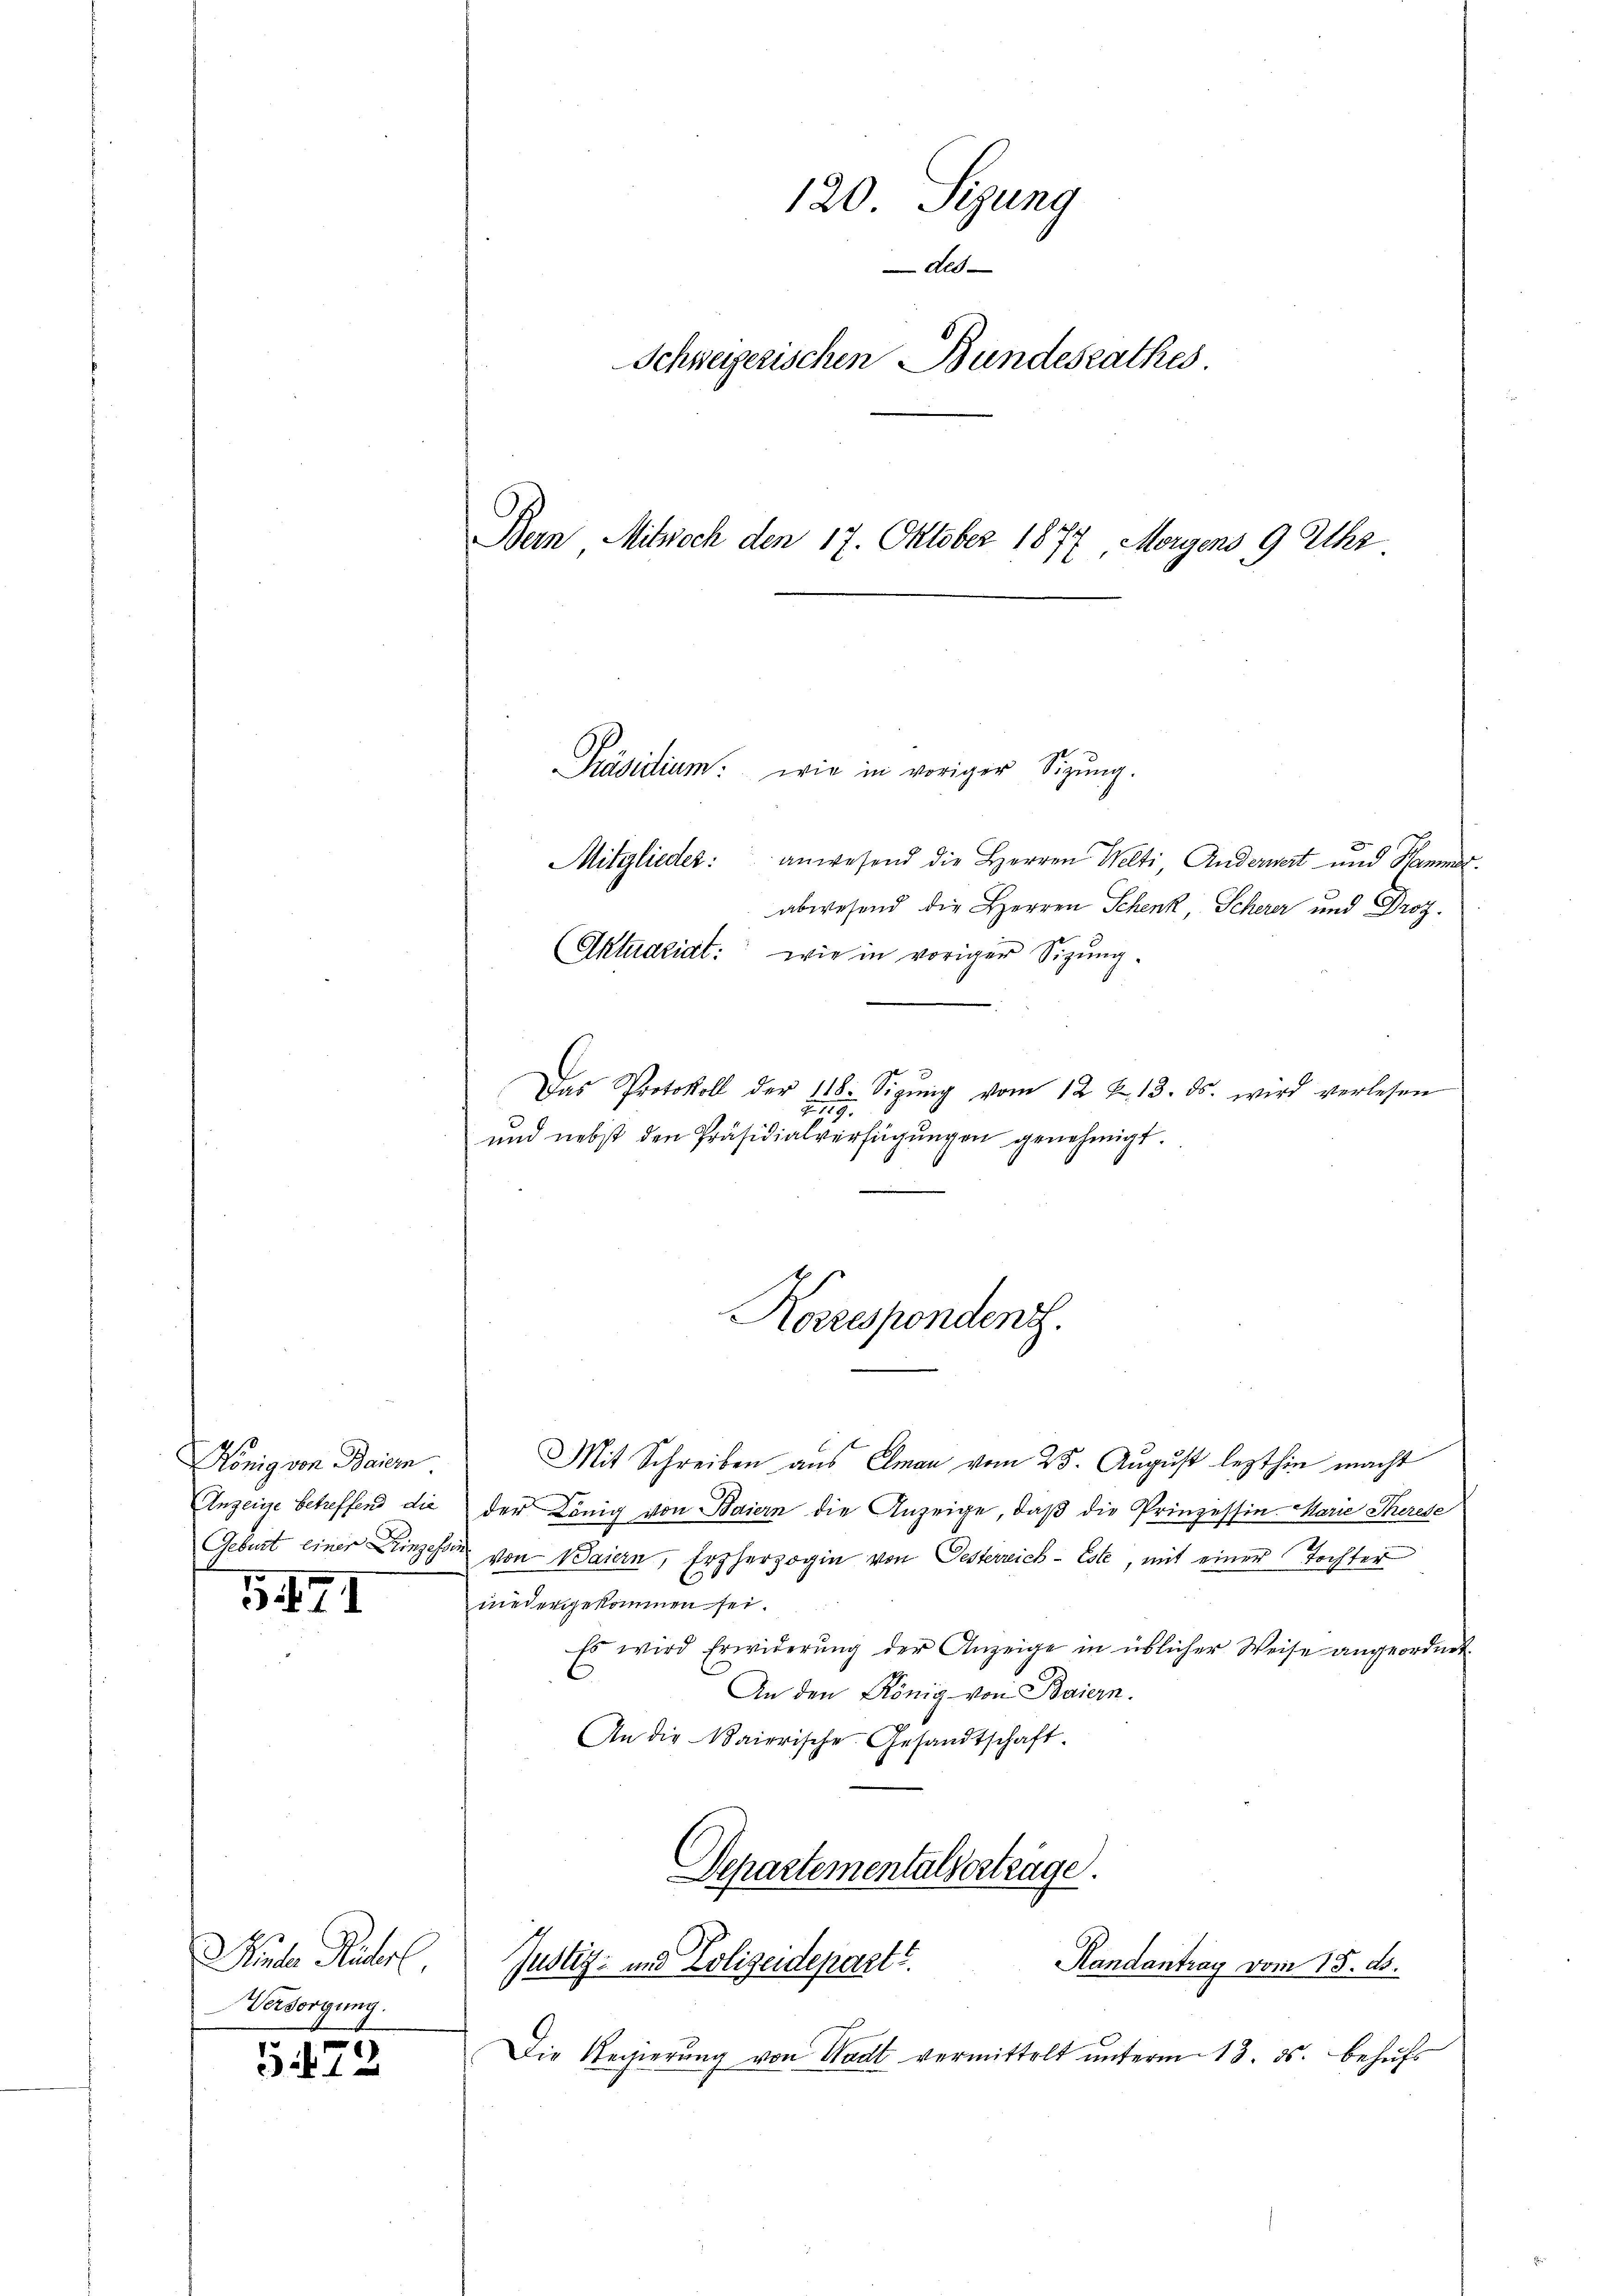
König von Baiern.

5471

Ruche Rucherl
Versorgung.

5472

120 Sizung
des
Schweizerischen Bundesrathes
Bern Mitwoch den 17. Oktober 1877, Morgens 9 Uhr

Präsidium: wie in voriger Sizung.
Mitglieder: anwesend die Herren Welti, Andernert und Namend
abwesend die Herren Schenk, Scherer und Droz.
(Aktuariat: wie in voriger Sizung.
Das Protokoll der 118. Sigŭng vom 12. X. 13. ds. wird verlesen
Ao. 119.
und nebst den Präsidialverfügungen genehmigt.

Korrespondenz.

Mit Schreiben aus Elman vom 25. August lezthin macht
Anzeine betreffend die der König von Baiern die Anzeige, daß die Prinzessin-Marie Therese
Geburt einer Prinzehen von Baiern, Erzherzogin von Oesterreich-Este, mit einer Tochter
niedergekommen sei.
Es wird Erwiderung der Anzeige in üblicher Weise angeordnet
An den König von Baiern.
An die Baierische Gesandtschaft.
Departementalverträge.
Handantrag vom 15. ds.
Justiz- und Polizeidepart?
Die Regierŭng von Wadt vermittelt ŭnterm 13. ds. behŭfs